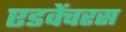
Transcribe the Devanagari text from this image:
एडवेंचरस